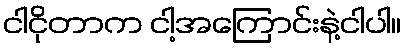
ငါငိုတာက ငါ့အကြောင်းနဲ့ငါပါ။